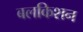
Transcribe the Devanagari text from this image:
बलकिशन